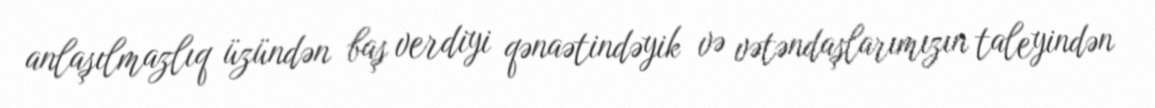
anlaşılmazlıq üzündən baş verdiyi qənaətindəyik və vətəndaşlarımızın taleyindən